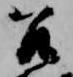
召